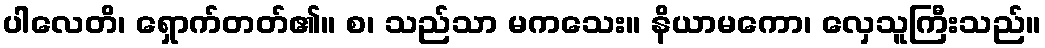
ပါလေတိ၊ ရှောက်တတ်၏။ စ၊ သည်သာ မကသေး။ နိယာမကော၊ လှေသူကြီးသည်။